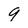
Character: 9